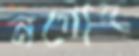
নগোদ